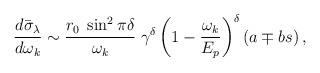
\begin{align*}{d\bar{\sigma}_{\lambda}\over d\omega_k}\sim {r_0\;\sin^2\pi\delta \over\omega_k}\;\gamma^{\delta}\left(1-{\omega_k\over E_p}\right)^{\delta} (a\mp bs) \,,\end{align*}